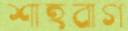
শাহবাগ